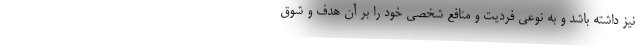
نیز داشته باشد و به نوعی فردیت و منافع شخصی خود را بر آن هدف و شوق